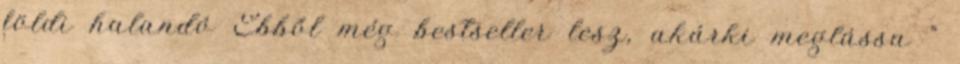
földi halandó Ebből még bestseller lesz, akárki meglássa ”